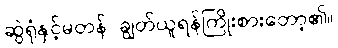
ဆွဲရုံနှင့်မတန် ချွတ်ယူရန်ကြိုးစားတော့၏။